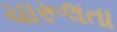
ચારૂલતા